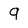
Character: 9